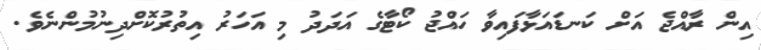
އިން ރާއްޖެ އަށް ކަނޑައަޅާފައިވާ ހައްޖު ކޯޓާގެ އަދަދު މި އަހަރު އިތުރުކޮށްދިނުމުންނެވެ.